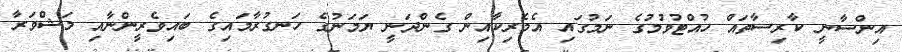
އިންސާނީ ކާރިސާތައް ހުއްޓުވުމުގެ ނަމުގައި އެމެރިކާއިން ގެންދަނީ ޔަމަނުގެ ހަނގުރާމައިގެ ބައިވެރީންނާއި މަޝްވަރާ